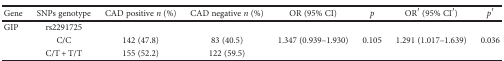
| Gene | SNPs genotype | CAD positive n (%) | CAD negative n (%) | OR (95% CI) | p | OR′ (95% CI′) | p′ |
 | --- | --- | --- | --- | --- | --- | --- | --- |
 | GIP | rs2291725 |  |  |  |  |  |  |
 |  | C/C | 142 (47.8) | 83 (40.5) | 1.347 (0.939–1.930) | 0.105 | 1.291 (1.017–1.639) | 0.036 |
 |  | C/T + T/T | 155 (52.2) | 122 (59.5) |  |  |  |  |